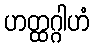
ဟတ္ထဂ္ဂါဟံ